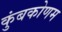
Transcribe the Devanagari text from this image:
कुंबकोणम